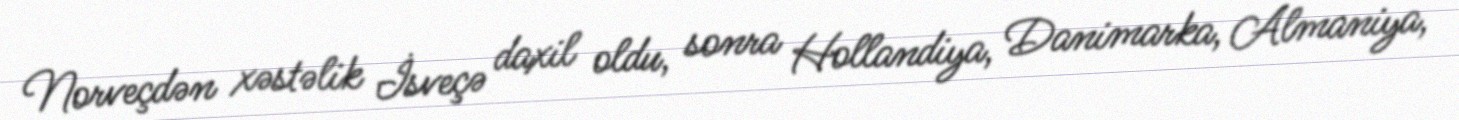
Norveçdən xəstəlik İsveçə daxil oldu, sonra Hollandiya, Danimarka, Almaniya,